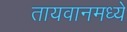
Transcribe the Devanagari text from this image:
तायवानमध्ये